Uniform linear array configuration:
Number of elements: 4
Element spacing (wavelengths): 0.75
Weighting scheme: uniform
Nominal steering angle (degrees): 30
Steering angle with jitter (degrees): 31.505
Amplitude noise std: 0.05
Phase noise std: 0.05

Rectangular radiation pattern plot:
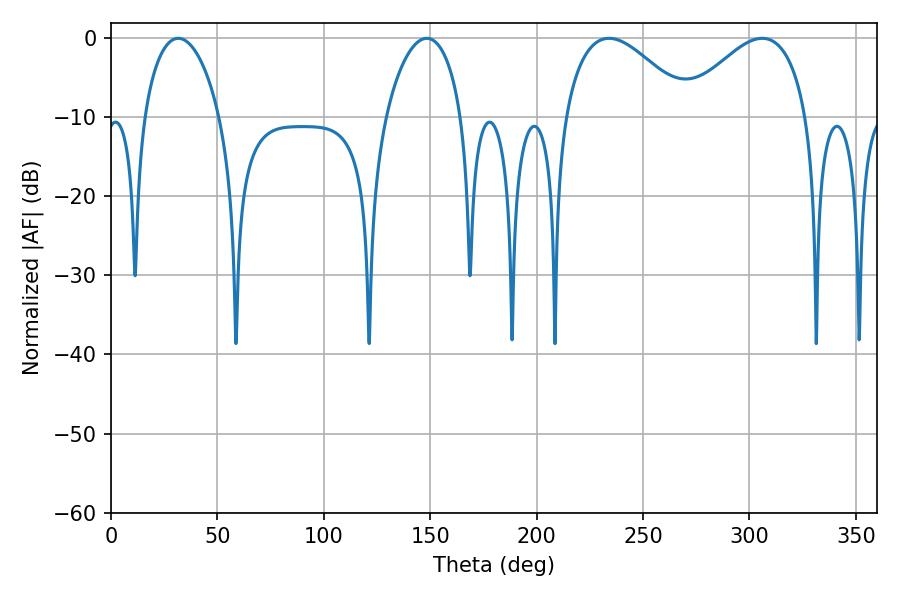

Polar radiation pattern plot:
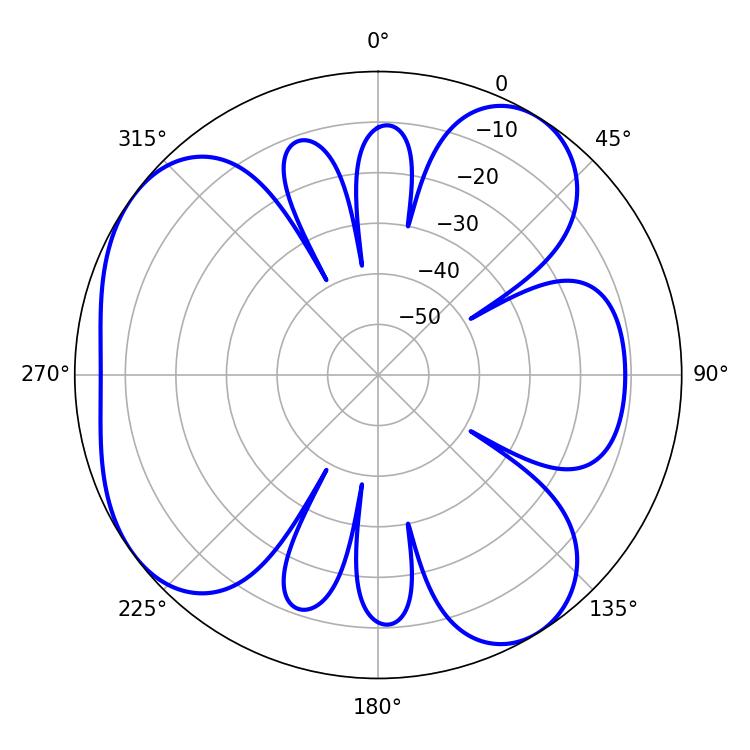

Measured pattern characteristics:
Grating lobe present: TRUE
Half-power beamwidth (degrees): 32.4
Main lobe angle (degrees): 234